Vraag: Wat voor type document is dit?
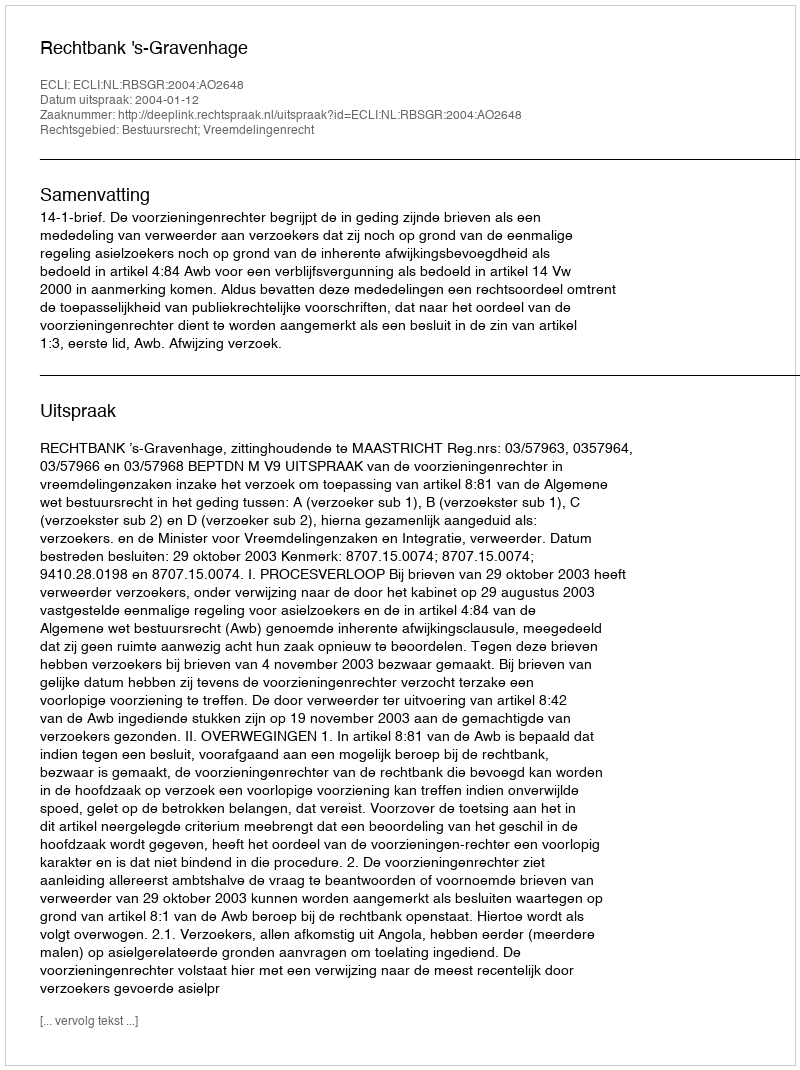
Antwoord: Uitspraak